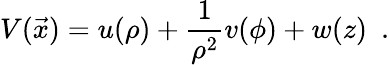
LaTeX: V(\vec{x})=u(\rho)+{\frac{1}{\rho^{2}}}v(\phi)+w(z)\enspace.